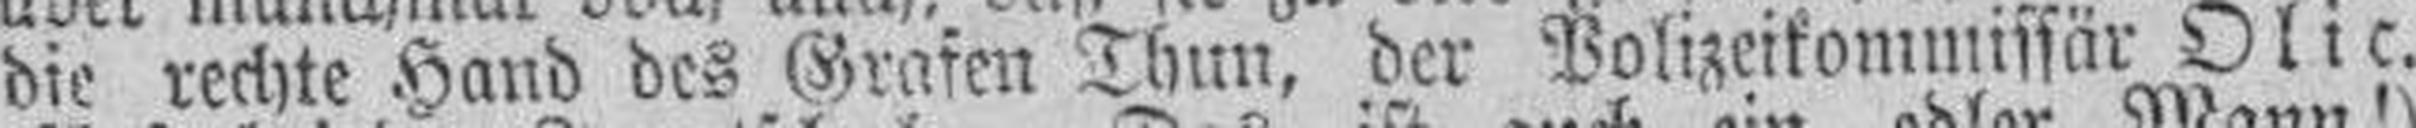
die rechte Hand des Grafen Thun, der Polizeikommissär Olic.